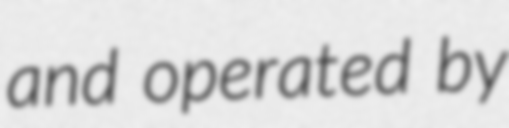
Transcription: and operated by